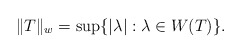
\begin{align*}\|T\|_w=\sup\{|\lambda|:\lambda \in W(T)\} .\end{align*}